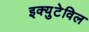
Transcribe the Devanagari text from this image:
इक्युटेविल